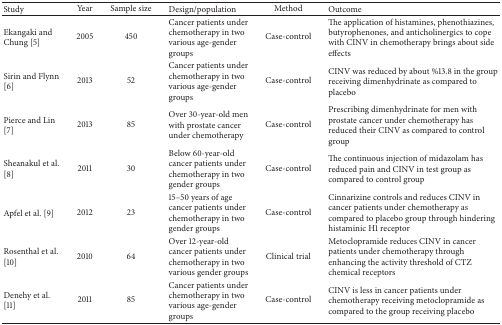
<table><thead><tr><td><b>Study</b></td><td><b>Year</b></td><td><b>Sample size</b></td><td><b>Design/population</b></td><td><b>Method</b></td><td><b>Outcome</b></td></tr></thead><tbody><tr><td>Ekangaki and Chung [5]</td><td>2005</td><td>450</td><td>Cancer patients under chemotherapy in two various age-gender groups</td><td>Case-control</td><td>The application of histamines, phenothiazines, butyrophenones, and anticholinergics to cope with CINV in chemotherapy brings about side effects</td></tr><tr><td>Sirin and Flynn [6]</td><td>2013</td><td>52</td><td>Cancer patients under chemotherapy in two various age-gender groups</td><td>Case-control</td><td>CINV was reduced by about %13.8 in the group receiving dimenhydrinate as compared to placebo</td></tr><tr><td>Pierce and Lin [7]</td><td>2013</td><td>85</td><td>Over 30-year-old men with prostate cancer under chemotherapy</td><td>Case-control</td><td>Prescribing dimenhydrinate for men with prostate cancer under chemotherapy has reduced their CINV as compared to control group</td></tr><tr><td>Sheanakul et al. [8]</td><td>2011</td><td>30</td><td>Below 60-year-old cancer patients under chemotherapy in two gender groups</td><td>Case-control</td><td>The continuous injection of midazolam has reduced pain and CINV in test group as compared to control group</td></tr><tr><td>Apfel et al. [9]</td><td>2012</td><td>23</td><td>15–50 years of age cancer patients under chemotherapy in two gender groups</td><td>Case-control</td><td>Cinnarizine controls and reduces CINV in cancer patients under chemotherapy as compared to placebo group through hindering histaminic H1 receptor</td></tr><tr><td>Rosenthal et al. [10]</td><td>2010</td><td>64</td><td>Over 12-year-old cancer patients under chemotherapy in two various gender groups</td><td>Clinical trial</td><td>Metoclopramide reduces CINV in cancer patients under chemotherapy through enhancing the activity threshold of CTZ chemical receptors</td></tr><tr><td>Denehy et al. [11]</td><td>2011</td><td>85</td><td>Cancer patients under chemotherapy in two various age-gender groups</td><td>Case-control</td><td>CINV is less in cancer patients under chemotherapy receiving metoclopramide as compared to the group receiving placebo</td></tr></tbody></table>